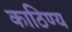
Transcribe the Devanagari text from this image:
काठिण्य